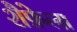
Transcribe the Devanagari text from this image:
शैफ़ेला